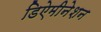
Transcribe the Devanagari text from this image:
डिऐमीनेशन